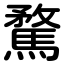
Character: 騖